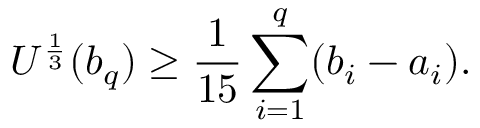
U ^ { \frac { 1 } { 3 } } ( b _ { q } ) \geq \frac { 1 } { 1 5 } \sum _ { i = 1 } ^ { q } ( b _ { i } - a _ { i } ) .